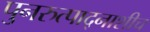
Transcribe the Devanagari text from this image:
पुनरुत्पाद्नाशीच